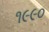
૧૯૯૦